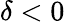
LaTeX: \delta<0